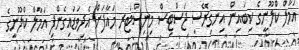
އަމާލް ކްލޫނީގެ ކިބައިން އިނގިރޭސި ޖަސްޓިސް މިނިސްޓަރ މައާފަށް އެދިވަޑައިގެންފި އަމާލް ކްލޫނީގެ